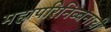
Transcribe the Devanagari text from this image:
महापरिनिब्बनाची